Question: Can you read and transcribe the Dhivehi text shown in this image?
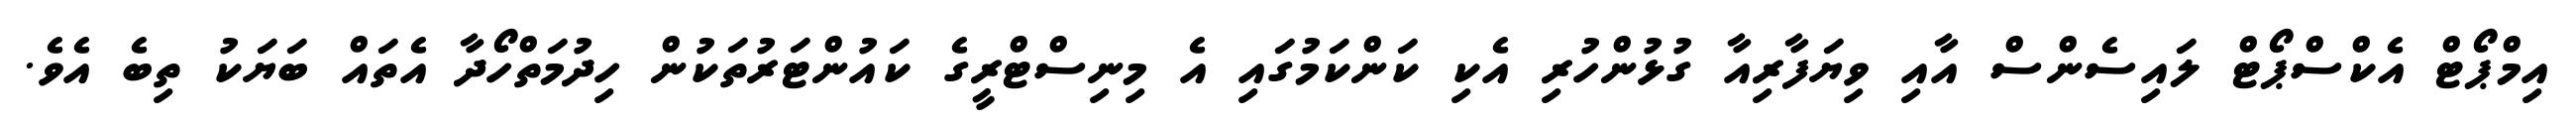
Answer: އިމްޕޯޓް އެކްސްޕޯޓް ލައިސެންސް އާއި ވިޔަފާރިއާ ގުޅުންހުރި އެކި ކަންކަމުގައި އެ މިނިސްޓްރީގެ ކައުންޓަރުތަކުން ހިދުމަތްހޯދާ އެތައް ބަޔަކު ތިބެ އެވެ.